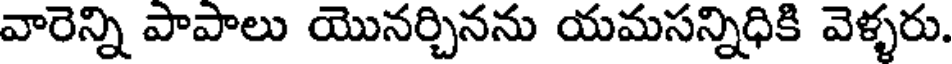
వారెన్ని పాపాలు యొనర్చినను యమసన్నిధికి వెళ్ళరు.